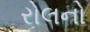
રોલનો